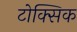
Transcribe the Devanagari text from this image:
टोक्सिक